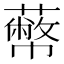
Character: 𦿝